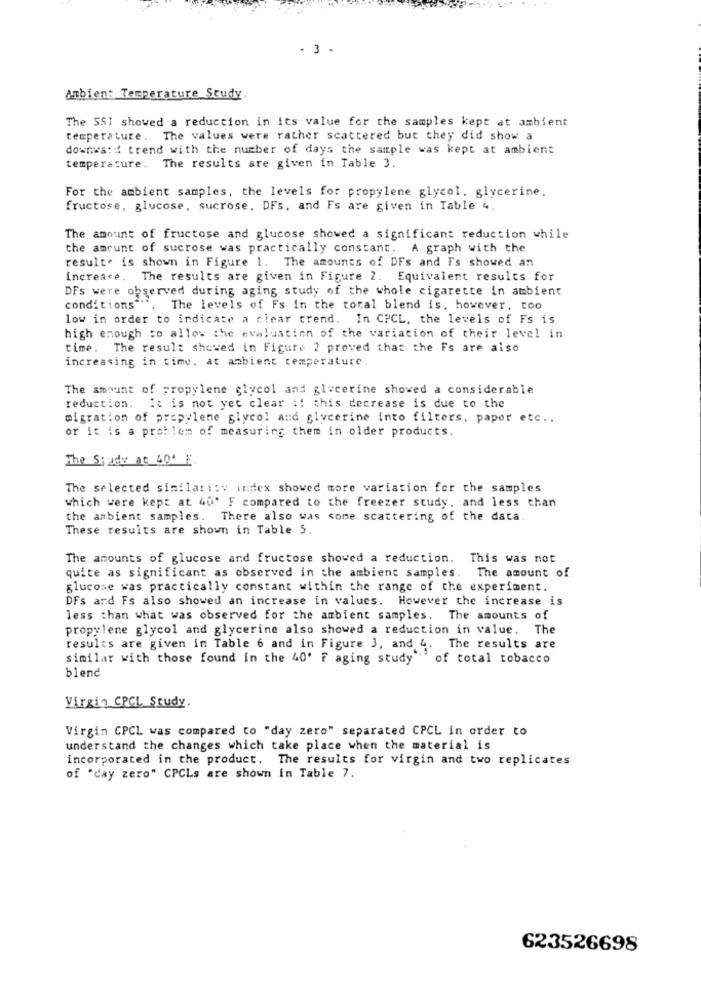
. 3 .
Ambien: Temperature Study.
The SSI showed a reduction in its value for the samples kept at ambient
temperature. The values were rather scattered but they did show a
downward trend with the number of days the sample was kept at ambient
temperature. The results are given in Table 3
For the ambient samples, the levels for propylene glycol, glycerine.
fructose, glucose, sucrose. DFs. and Fs are given in Table 4.
The amount of fructose and glucose showed a significant reduction while
the amount of sucrose was practically constant. A graph with the
resulte is shown in Figure 1. The amounts of DFs and Fs showed an
increace. The results are given in Figure 2. Equivalent results for
DFs were observed during aging study of the whole cigarette in ambient
conditions
The levels of Fs In the total blend is, however, too
low in order to indicate a clear trend. In CPCL, the levels of Fs is
high enough to allow the evaluation of the variation of their level in
time. The result showed in Figure 2 proved that the Fs are also
increasing in time. at ambient temperature.
The amount of propylene glycol and glycerine showed a considerable
reduction. It is not yet clear if this decrease is due to the
migration of propylene glycol and glycerine into filters, paper etc ..
or it is a problem of measuring them in older products.
The Squidy at 60º F
The selected similari :: index showed more variation fer the samples
which were kept at 40' F compared to the freezer study, and less than
the ambient samples. There also was some scattering of the data.
These results are shown in Table S.
The amounts of glucose and fructose showed a reduction. This was not
quite as significant as observed in the ambient samples. The amount of
glucose was practically constant within the range of the experiment.
DFs and Fs also showed an increase in values. However the increase is
less than what was observed for the ambient samples. The amounts of
propylene glycol and glycerine also showed a reduction in value. The
results are given in Table 6 and in Figure 3, and 4. The results are
similar with those found in the 40' F aging study " of total tobacco
blend
Virgin CPCL Study.
Virgin CPCL was compared to "day zero" separated CPCL in order to
understand the changes which take place when the material is
incorporated in the product. The results for virgin and two replicates
of "day zero" CPCLs are shown in Table 7.
623526698